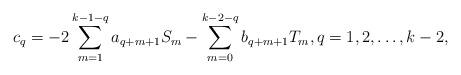
LaTeX: \begin{align*} c_q = - 2 \sum_{m=1}^{k-1-q} a_{q+m+1} S_m - \sum_{m=0}^{k-2-q} b_{q+m+1} T_m, q=1, 2, \ldots, k-2, \end{align*}